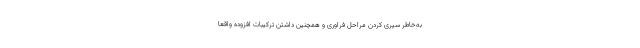
به‌خاطر سپری کردن مراحل فراوری و همچنین داشتن ترکیبات افزوده واقعا